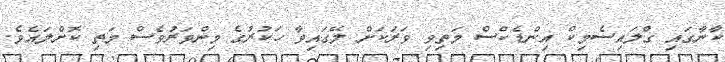
ކާނާގައި ގްލައިސެމިކް އިންޑެކްސް މަތިވި ވަރަކަށް ލޭގައިވާ ހަކުރުގެ މިންވަރުވެސް މަތި ކޮށްލައެވެ.